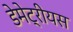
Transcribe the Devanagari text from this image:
डेमेट्रीयस